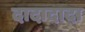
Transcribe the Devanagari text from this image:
दादादादा